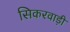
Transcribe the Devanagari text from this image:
सिकरवाड़ी